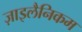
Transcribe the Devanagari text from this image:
ज़ाइलैनिकम